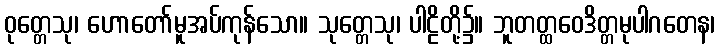
ဝုတ္တေသု၊ ဟောတော်မူအပ်ကုန်သော။ သုတ္တေသု၊ ပါဠိတို့၌။ ဘူတတ္ထဝေဒိတ္တမုပါဂတေန၊